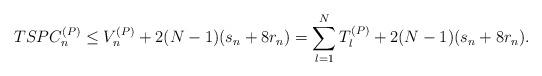
LaTeX: \begin{align*}TSPC_n^{(P)} \leq V_n^{(P)} + 2(N-1)(s_n + 8r_n) = \sum_{l=1}^{N} T^{(P)}_l + 2(N-1)(s_n+8r_n).\end{align*}